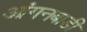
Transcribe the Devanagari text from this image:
आंगनबाडी